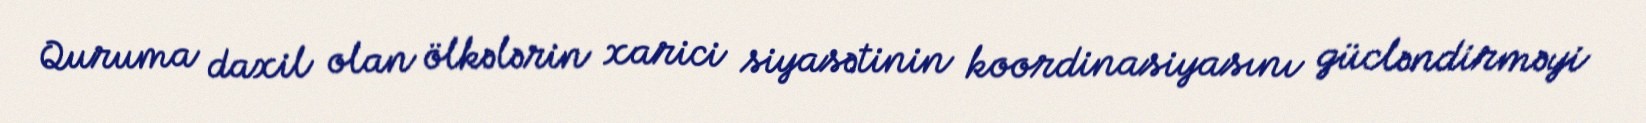
Quruma daxil olan ölkələrin xarici siyasətinin koordinasiyasını gücləndirməyi